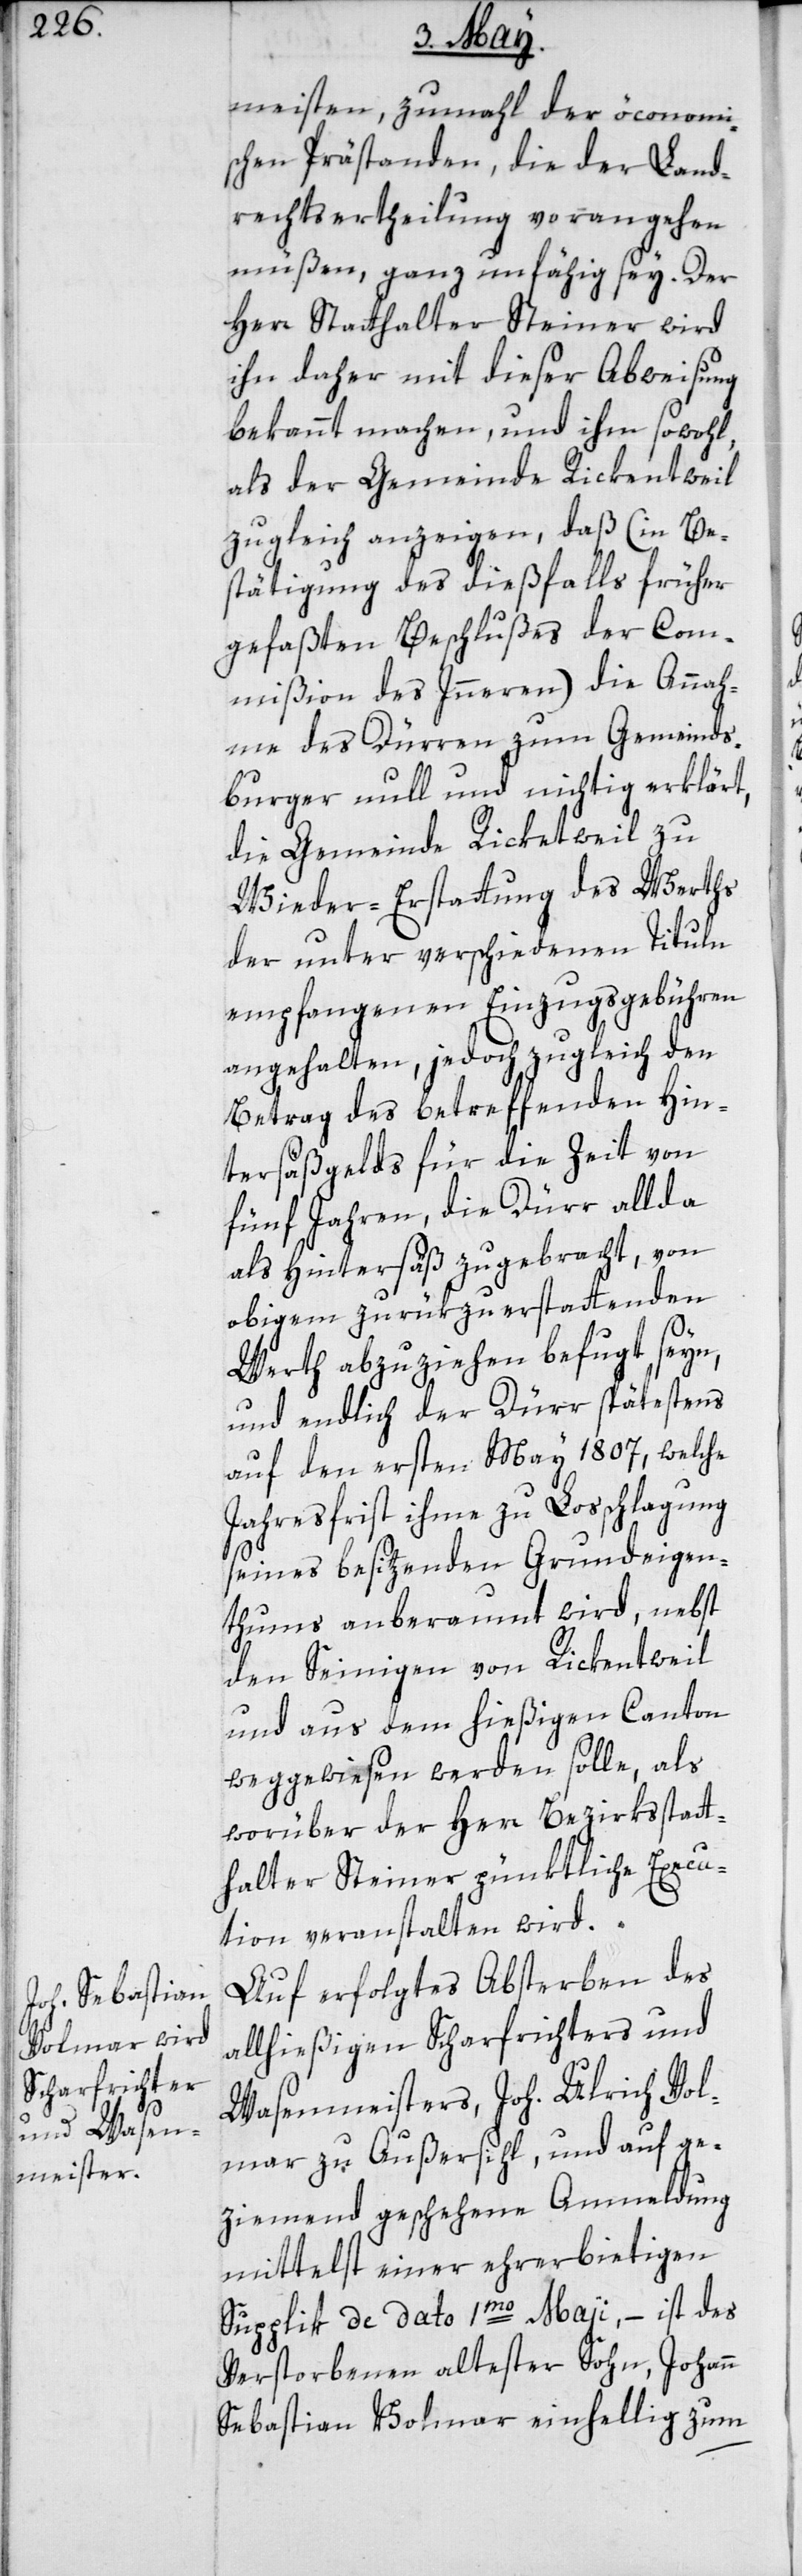
meisten, zumal der öconomi¬
schen Prästanden, die der Land¬
rechts-Ertheilung vorangehen
müßen, ganz unfähig sey. Der
Herr Statthalter Steiner wird
ihn daher mit dieser Abweisung
bekannt machen, und ihm sowohl,
als der Gemeinde Rickentweil
zugleich anzeigen, daß (in Be¬
stätigung des dießfalls früher
gefaßten Beschlußes der Com¬
mißion des Innern) die Annah¬
me des Dürren zum Gemeind¬
bürger null und nichtig erklärt,
die Gemeinde Ricketweil zu
Wieder-Erstattung des Werths
der unter verschiedenen Tituln
empfangenen Einzugsgebühren
angehalten, jedoch zugleich den
Betrag des betreffenden Hin¬
tersäßgelds für die Zeit von
fünf Jahren, die Dürr allda
als Hintersäß zugebracht, von
obigem zurükzuerstattenden
Werth abzuziehen befugt seyn,
und endlich der Dürr spätestens
auf den ersten May 1807, welche
Jahresfrist ihme zu Losschlagung
seines besitzenden Grundeigen¬
tums anberaumt wird, nebst
den Seinigen von Rickentweil
und aus dem hießigen Canton
weggewiesen werden solle, als
worüber der Herr Bezirksstatt¬
halter Steiner pünktliche Execu¬
tion veranstalten wird.
Auf erfolgtes Absterben des
allhießigen Scharfrichters und
Wasenmeisters, Joh. Ulrich Vol¬
mar zu Außersihl, und auf ge¬
ziemend geschehene Anmeldung
mittelst einer ehrerbietigen
Supplik de dato 1mo Maji, – ist des
Verstorbenen altester Sohn, Johann
Sebastian Volmar einhellig zum